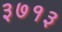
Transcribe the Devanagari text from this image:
३७१३